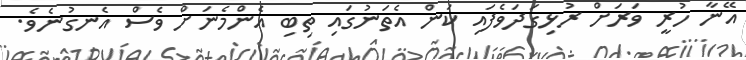
އޭނާ ހުރީ ވަރަށް ރުޅިގަދަވެފައި ކަން އެތަނުގައި ތިބި އެންމެނަށް ވެސް އެނގުނެވެ.